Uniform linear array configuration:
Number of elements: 24
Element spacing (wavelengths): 0.25
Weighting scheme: hann
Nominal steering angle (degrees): -45
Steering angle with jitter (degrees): -46.521
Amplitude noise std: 0.05
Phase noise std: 0.05

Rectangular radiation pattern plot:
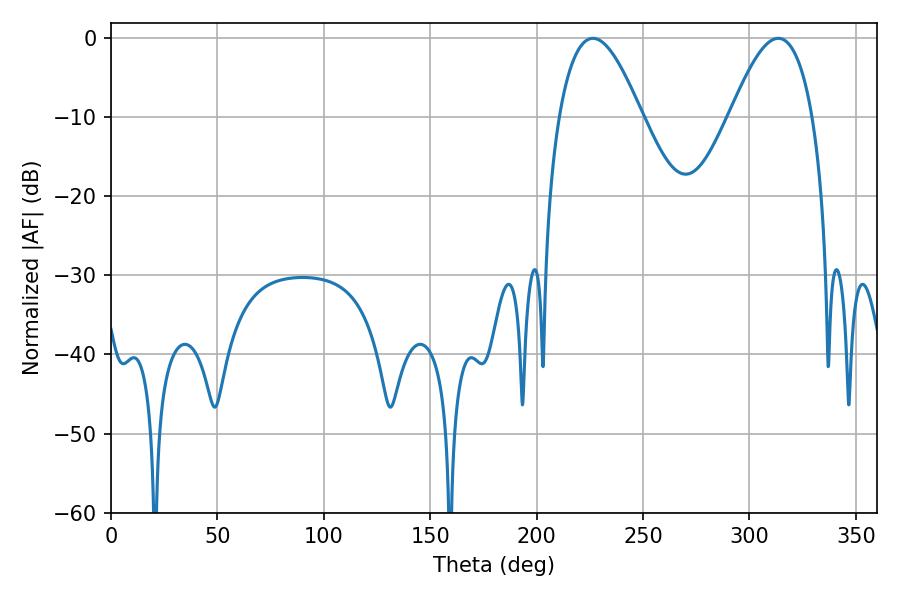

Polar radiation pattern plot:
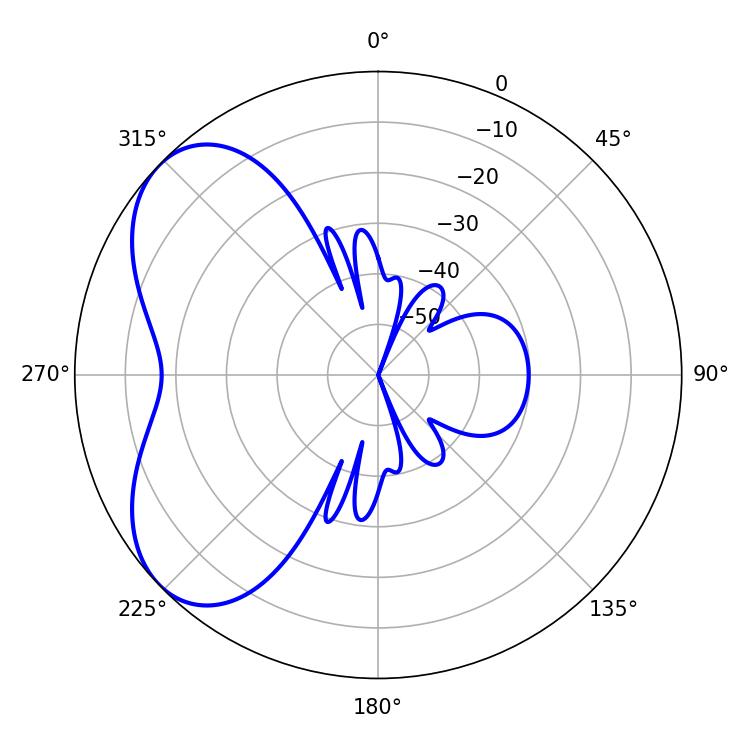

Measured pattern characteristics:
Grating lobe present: FALSE
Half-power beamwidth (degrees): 21.06
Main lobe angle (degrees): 226.44